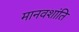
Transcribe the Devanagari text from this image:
मानवशांति